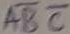
Text: ABC